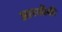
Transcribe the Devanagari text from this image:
आरसीबी